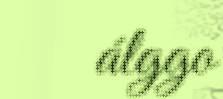
álggo